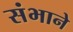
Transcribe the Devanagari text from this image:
संभाने